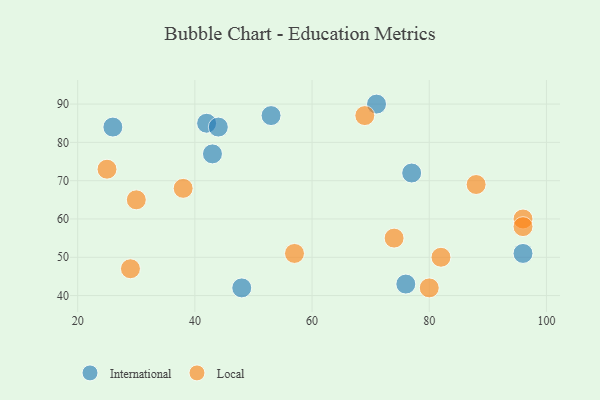
{"axis": {"x": "GDP", "y": "Life Expectancy"}, "legend": ["International", "Local"], "data": [{"x": "71", "y": 90, "type": "International"}, {"x": "53", "y": 87, "type": "International"}, {"x": "48", "y": 42, "type": "International"}, {"x": "43", "y": 77, "type": "International"}, {"x": "77", "y": 72, "type": "International"}, {"x": "76", "y": 43, "type": "International"}, {"x": "42", "y": 85, "type": "International"}, {"x": "26", "y": 84, "type": "International"}, {"x": "96", "y": 51, "type": "International"}, {"x": "44", "y": 84, "type": "International"}, {"x": "69", "y": 87, "type": "Local"}, {"x": "82", "y": 50, "type": "Local"}, {"x": "88", "y": 69, "type": "Local"}, {"x": "74", "y": 55, "type": "Local"}, {"x": "29", "y": 47, "type": "Local"}, {"x": "80", "y": 42, "type": "Local"}, {"x": "96", "y": 60, "type": "Local"}, {"x": "25", "y": 73, "type": "Local"}, {"x": "57", "y": 51, "type": "Local"}, {"x": "30", "y": 65, "type": "Local"}, {"x": "96", "y": 58, "type": "Local"}, {"x": "38", "y": 68, "type": "Local"}]}